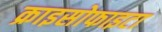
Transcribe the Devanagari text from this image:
क्राइसोफाइटा